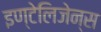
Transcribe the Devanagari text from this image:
इण्टेलिजेन्स